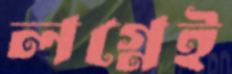
লগ্নেই